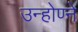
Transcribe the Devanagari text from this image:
उन्होण्ने